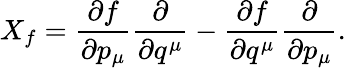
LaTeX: X_{f}={\frac{\partial f}{\partial p_{\mu}}}{\frac{\partial}{\partial q^{\mu}}}-{\frac{\partial f}{\partial q^{\mu}}}{\frac{\partial}{\partial p_{\mu}}}.